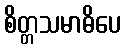
စိတ္တသမာဓိပေ